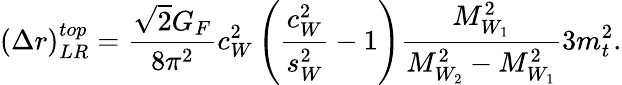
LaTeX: (\Delta r)_{LR}^{top}=\frac{\sqrt{2}G_{F}}{8\pi^{2}}c_{W}^{2}\left(\frac{c_{W}^{2}}{s_{W}^{2}}-1\right)\frac{M_{W_{1}}^{2}}{M_{W_{2}}^{2}-M_{W_{1}}^{2}}3m_{t}^{2}.